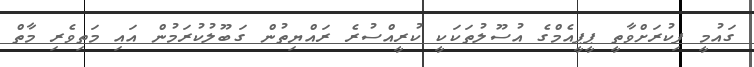
ގައުމީ ފިކުރަށްވާތީ ޕީޕީއެމްގެ އުސޫލުތަކަކީ ކުރީއްސުރެ ރައްޔިތުން ގަބޫލުކުރަމުން އައި މަތިވެރި މާތް